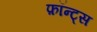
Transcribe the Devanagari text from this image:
फ़ॉन्ट्‍स